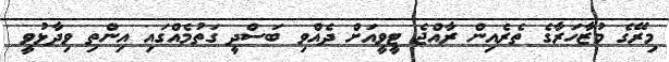
މިރޭގެ މުޒާހަރާގެ ތެރެއިން ރާއްޖެ ޓީވީއަށް ދެއްވި ބަސްދީ ގަތުމެއްގައި އިންތި ވިދާޅުވީ